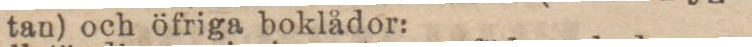
tan) och öfriga boklådor: